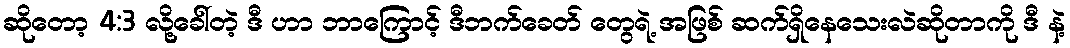
ဆိုတော့ 4:3 လို့ခေါ်တဲ့ ဒီ ဟာ ဘာကြောင့် ဒီဘက်ခေတ် တွေရဲ့ အဖြစ် ဆက်ရှိနေသေးလဲဆိုတာကို ဒီ နဲ့